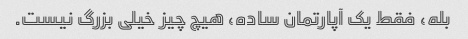
بله، فقط یک آپارتمان ساده، هیچ چیز خیلی بزرگ نیست.